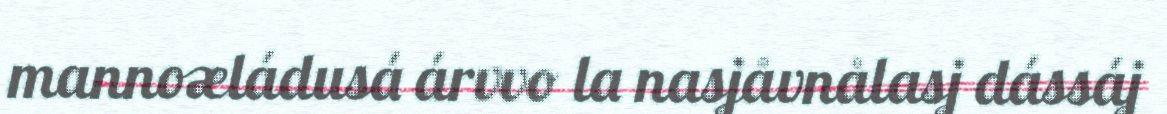
mannoæládusá árvvo la nasjåvnålasj dássáj